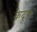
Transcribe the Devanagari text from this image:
केदूध